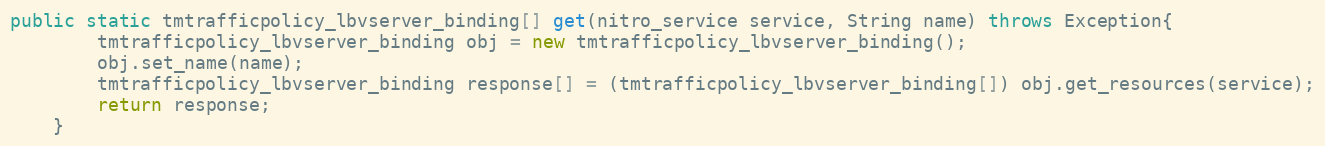
Language: Java
public static tmtrafficpolicy_lbvserver_binding[] get(nitro_service service, String name) throws Exception{
		tmtrafficpolicy_lbvserver_binding obj = new tmtrafficpolicy_lbvserver_binding();
		obj.set_name(name);
		tmtrafficpolicy_lbvserver_binding response[] = (tmtrafficpolicy_lbvserver_binding[]) obj.get_resources(service);
		return response;
	}